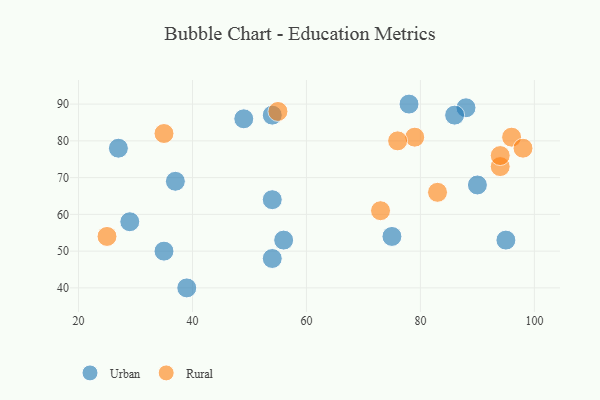
{"axis": {"x": "GDP", "y": "Life Expectancy"}, "legend": ["Rural", "Urban"], "data": [{"x": "49", "y": 86, "type": "Urban"}, {"x": "54", "y": 48, "type": "Urban"}, {"x": "75", "y": 54, "type": "Urban"}, {"x": "37", "y": 69, "type": "Urban"}, {"x": "78", "y": 90, "type": "Urban"}, {"x": "54", "y": 64, "type": "Urban"}, {"x": "90", "y": 68, "type": "Urban"}, {"x": "88", "y": 89, "type": "Urban"}, {"x": "27", "y": 78, "type": "Urban"}, {"x": "39", "y": 40, "type": "Urban"}, {"x": "29", "y": 58, "type": "Urban"}, {"x": "95", "y": 53, "type": "Urban"}, {"x": "56", "y": 53, "type": "Urban"}, {"x": "54", "y": 87, "type": "Urban"}, {"x": "35", "y": 50, "type": "Urban"}, {"x": "86", "y": 87, "type": "Urban"}, {"x": "79", "y": 81, "type": "Rural"}, {"x": "55", "y": 88, "type": "Rural"}, {"x": "96", "y": 81, "type": "Rural"}, {"x": "73", "y": 61, "type": "Rural"}, {"x": "98", "y": 78, "type": "Rural"}, {"x": "94", "y": 73, "type": "Rural"}, {"x": "25", "y": 54, "type": "Rural"}, {"x": "76", "y": 80, "type": "Rural"}, {"x": "35", "y": 82, "type": "Rural"}, {"x": "94", "y": 76, "type": "Rural"}, {"x": "83", "y": 66, "type": "Rural"}]}